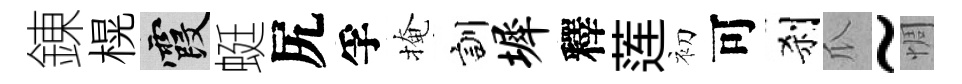
錬榥霞蜓尻孚掩訓墀釋莲初可刹瓜~惆